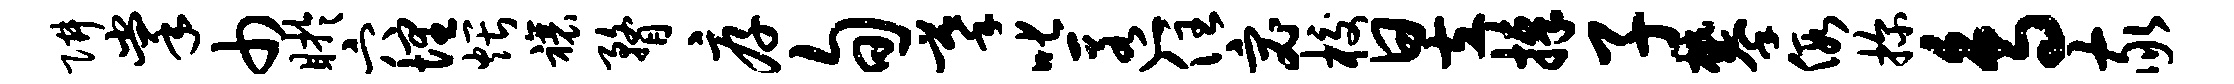
阱掌巾盱穴埋煨禳瞀厚旬摹叱匿住宓校昱捧子攀假探鸟家